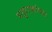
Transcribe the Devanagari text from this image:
भट्टारकांच्या